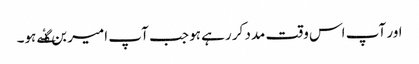
اور آپ اس وقت مدد کر رہے ہو جب آپ امیر بن گٸے ہو۔